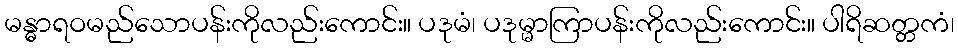
မန္ဓာရဝမည်သောပန်းကိုလည်းကောင်း။ ပဒုမံ၊ ပဒုမ္မာကြာပန်းကိုလည်းကောင်း။ ပါရိဆတ္တကံ၊